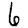
Digit: 6